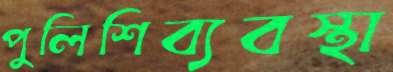
পুলিশিব্যবস্থা